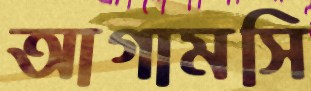
আগামসি